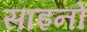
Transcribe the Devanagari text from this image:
साइनो